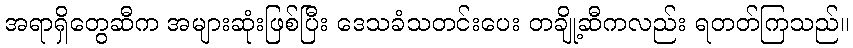
အရာရှိတွေဆီက အများဆုံးဖြစ်ပြီး ဒေသခံသတင်းပေး တချို့ဆီကလည်း ရတတ်ကြသည်။